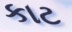
કાટ